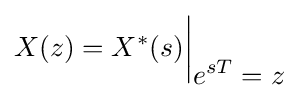
{\bigg .}X(z)=X^{*}(s){\bigg |}_{\displaystyle e^{sT}=z}